Elephants and their diseases
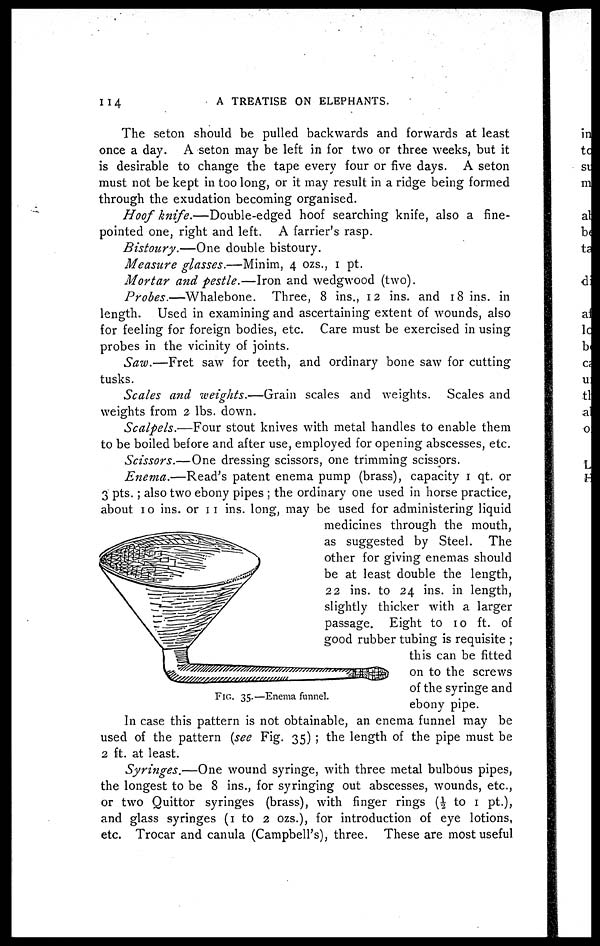
114
A TREATISE ON ELEPHANTS.
The seton should be pulled backwards and forwards at least
once a day. A seton may be left in for two or three weeks, but it
is desirable to change the tape every four or five days. A seton
must not be kept in too long, or it may result in a ridge being formed
through the exudation becoming organised.
Hoof knife.—Double-edged
hoof searching knife, also a fine-
pointed one, right and left. A farrier's rasp.
Bistoury.—One
double bistoury.
Measure glasses.—Minim, 4 ozs., 1 pt.
Mortar and -pestle.—Iron and wedgwood (two).
Probes.—Whalebone.
Three, 8 ins., 12 ins. and 18 ins. in
length. Used in examining and ascertaining extent of wounds, also
for feeling for foreign bodies, etc. Care must be exercised in using
probes in the vicinity of joints.
Saw.—Fret saw for teeth, and ordinary bone saw for cutting
tusks.
Scales and weights.—Grain
scales and weights. Scales and
weights from 2 lbs. down.
Scalpels.—Four stout knives with metal handles to enable them
to be boiled before and after use, employed for opening abscesses, etc.
Scissors.—One dressing scissors, one trimming scissors.
Enema.—Read's
patent enema pump (brass), capacity 1 qt. or
3 pts.; also two ebony pipes ; the ordinary one used in horse practice,
about 10 ins. or 11 ins. long, may be used for administering liquid
medicines through the mouth,
as suggested by Steel. The
other for giving enemas should
be at least double the length,
22 ins. to 24 ins. in length,
slightly thicker with a larger
passage. Eight to 10 ft. of
good rubber tubing is requisite ;
this can be fitted
on to the screws
of the syringe and
ebony pipe.
In case this pattern is not obtainable, an enema funnel may be
used of the pattern (see Fig. 35) ; the length of the pipe must be
2 ft. at least.
FIG. 35.—Enema funnel.
Syringes.—One
wound syringe, with three metal bulbous pipes,
the longest to be 8 ins., for syringing out abscesses, wounds, etc.,
or two Quittor syringes (brass), with finger rings (½ to 1 pt.),
and glass syringes (1 to 2 ozs.), for introduction of eye lotions,
etc. Trocar and canula (Campbell's), three. These are most useful